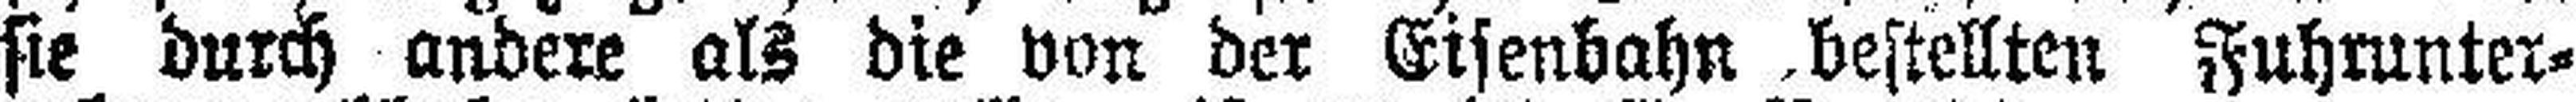
sie durch andere als die van der Eisenbahn bestellten Fuhrunter¬